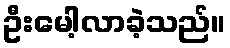
ဦးမေါ့လာခဲ့သည်။